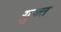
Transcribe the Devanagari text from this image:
य़ुक्त